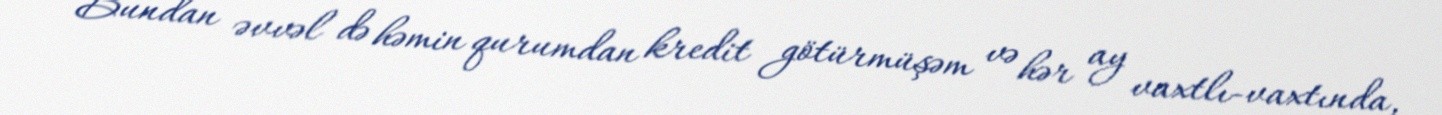
Bundan əvvəl də həmin qurumdan kredit götürmüşəm və hər ay vaxtlı-vaxtında,